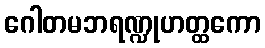
ဂေါတမဘရဏ္ဍုဟတ္ထကော